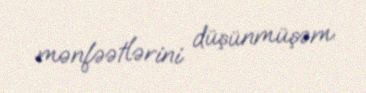
mənfəətlərini düşünmüşəm.